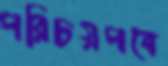
পরিচয়পত্রে